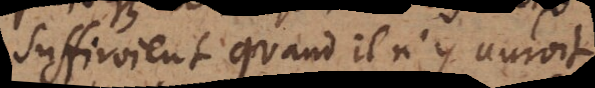
suffiroient quand il n’y auroit